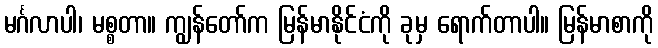
မင်္ဂလာပါ၊ မစ္စတာ။ ကျွန်တော်က မြန်မာနိုင်ငံကို ခုမှ ရောက်တာပါ။ မြန်မာစာကို